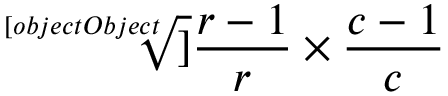
\sqrt [ [object Object] ] { { \frac { r - 1 } { r } } \times { \frac { c - 1 } { c } } }